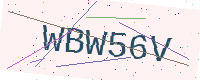
Text: WBW56V